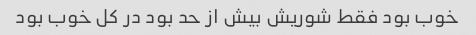
خوب بود فقط شوریش بیش از حد بود در کل خوب بود